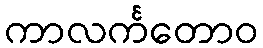
ကာလင်္ကတောဝ